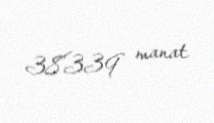
38339 manat